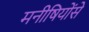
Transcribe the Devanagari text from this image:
मनीषियोंसे